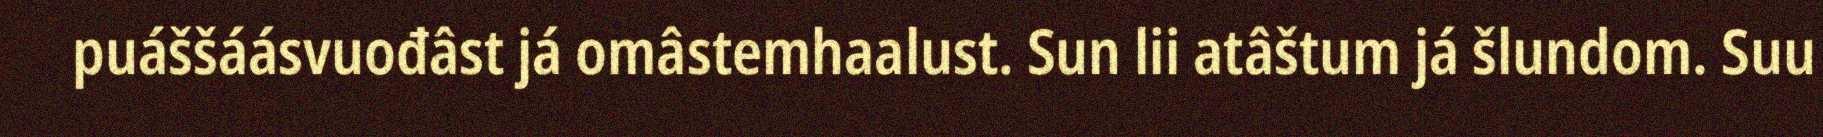
puáššáásvuođâst já omâstemhaalust. Sun lii atâštum já šlundom. Suu